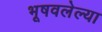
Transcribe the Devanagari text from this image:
भूषवलेल्या